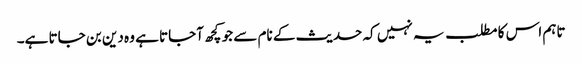
تاہم اس کا مطلب یہ نہیں کہ حدیث کے نام سے جو کچھ آجاتا ہے وہ دین بن جاتا ہے۔